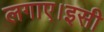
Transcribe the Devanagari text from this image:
लगाए।इसी